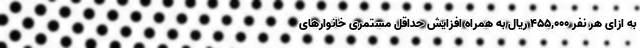
به ازای هر نفر ۴۵۵,۰۰۰ ریال به همراه افزایش حداقل مستمری خانوار‌های